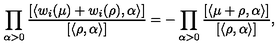
\prod _ { \alpha > 0 } \frac { [ \langle w _ { i } ( \mu ) + w _ { i } ( \rho ) , \alpha \rangle ] } { [ \langle \rho , \alpha \rangle ] } = - \prod _ { \alpha > 0 } \frac { [ \langle \mu + \rho , \alpha \rangle ] } { [ \langle \rho , \alpha \rangle ] } ,